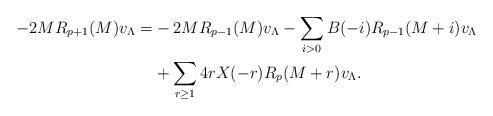
LaTeX: \begin{align*}-2MR_{p+1}(M)v_{\Lambda}=&-2MR_{p-1}(M)v_{\Lambda}-\sum_{i>0}B(-i)R_{p-1}(M+i)v_{\Lambda}\\& +\sum_{r\geq 1}4rX(-r)R_{p}(M+r)v_{\Lambda}.\end{align*}